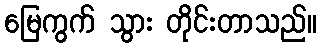
မြေကွက် သွား တိုင်းတာသည်။